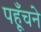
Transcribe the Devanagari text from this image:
पहूँचने